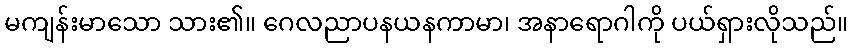
မကျန်းမာသော သား၏။ ဂေလညာပနယနကာမာ၊ အနာရောဂါကို ပယ်ရှားလိုသည်။